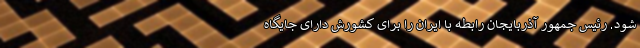
شود. رئیس جمهور آذربایجان رابطه با ایران را برای کشورش دارای جایگاه